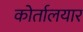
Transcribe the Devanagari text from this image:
कोर्तालयार